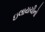
ઇલાયચીનો